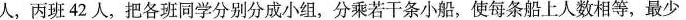
人，丙班42人，把各班同学分别分成小组，分乘若干条小船，使每条船上人数相等，最少